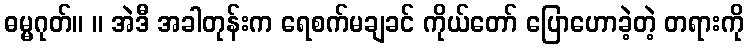
ဓမ္မဂုတ်။ ။ အဲဒီ အခါတုန်းက ရေစက်မချခင် ကိုယ်တော် ပြောဟောခဲ့တဲ့ တရားကို